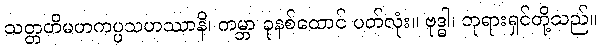
သတ္တတိမဟကပ္ပသဟဿာနိ၊ ကမ္ဘာ ခုနစ်ထောင် ပတ်လုံး။ ဗုဒ္ဓါ၊ ဘုရားရှင်တို့သည်။